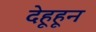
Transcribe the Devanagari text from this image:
देहूहून